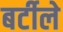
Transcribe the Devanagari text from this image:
बर्टीले